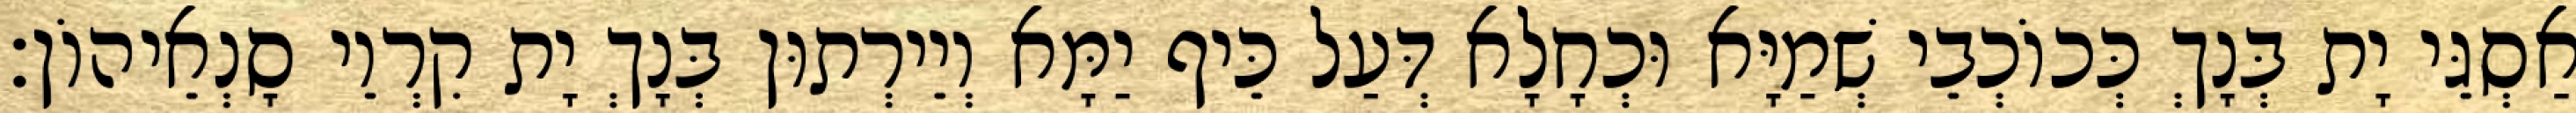
אַסְגֵּי יָת בְּנָךְ כְּכוֹכְבֵי שְׁמַיָּא וּכְחָלָא דְּעַל כֵּיף יַמָּא וְיֵירְתוּן בְּנָךְ יָת קִרְוֵי סָנְאֵיהוֹן׃